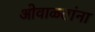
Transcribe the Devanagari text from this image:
ओवाळतांना